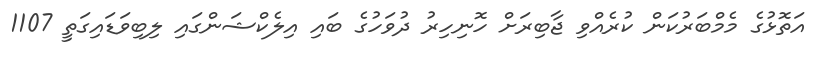
އަތޮޅުގެ މެމްބަރުކަން ކުރެއްވި ޖާބިރަށް ހޮނިހިރު ދުވަހުގެ ބައި އިލެކްޝަންގައި ލިބިވަޑައިގަތީ 1107